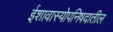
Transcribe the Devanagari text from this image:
ईशावास्योपनिषदातील